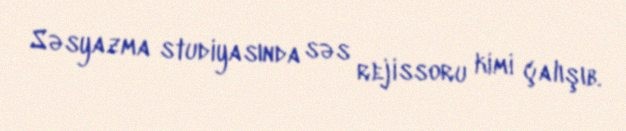
Səsyazma studiyasında səs rejissoru kimi çalışıb.